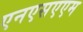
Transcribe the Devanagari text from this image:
एनएसएएम